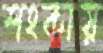
শংকায়